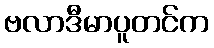
ဗလာဒီမာပူတင်က